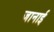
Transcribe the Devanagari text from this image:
जानाई